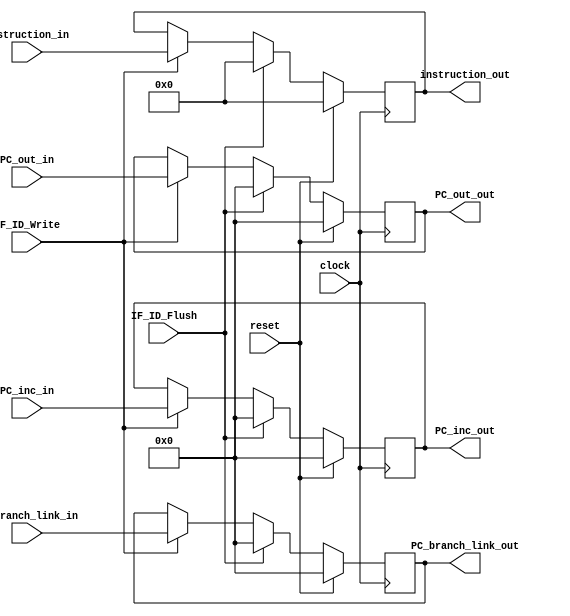
module IF_ID(clock, reset, PC_out_in,PC_branch_link_in,PC_branch_link_out,PC_inc_in,PC_inc_out, instruction_in, instruction_out, PC_out_out, IF_ID_Write, IF_ID_Flush);
input clock, reset, IF_ID_Write, IF_ID_Flush;
input [63:0] PC_out_in, PC_branch_link_in,PC_inc_in;
input [31:0] instruction_in;
output [31:0] instruction_out;
output [63:0] PC_out_out, PC_branch_link_out,PC_inc_out;
reg [31:0] instruction_out;
reg [63:0] PC_out_out;
reg [63:0] PC_branch_link_out,PC_inc_out;


always @(posedge clock) begin
	if (reset) begin
		instruction_out <= 32'b0;
		PC_out_out <= 64'b0;
		PC_branch_link_out <= 64'b0;
		PC_inc_out <= 64'b0;
	end else begin	
		if (IF_ID_Flush) begin
			instruction_out <= 32'b0;
			PC_out_out <= 64'b0;
			PC_branch_link_out <= 64'b0;
			PC_inc_out <= 64'b0;
		end else begin
			if (IF_ID_Write) begin
				instruction_out <= instruction_in;
				PC_out_out <= PC_out_in;
				PC_branch_link_out <=  PC_branch_link_in;
				PC_inc_out <= PC_inc_in;
			end
		end
	end
end

endmodule